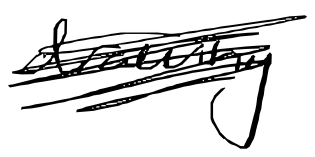
Text: drawing
Cross-out: scratch
Writing tool: digital_black